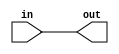
/*
This file provides the mapping from the Wokwi modules to Verilog HDL

It's only needed for Wokwi designs

*/
`define default_netname none

module p13_buffer_cell (
    input wire in,
    output wire out
    );
    assign out = in;
endmodule

module p13_and_cell (
    input wire a,
    input wire b,
    output wire out
    );

    assign out = a & b;
endmodule

module p13_or_cell (
    input wire a,
    input wire b,
    output wire out
    );

    assign out = a | b;
endmodule

module p13_xor_cell (
    input wire a,
    input wire b,
    output wire out
    );

    assign out = a ^ b;
endmodule

module p13_nand_cell (
    input wire a,
    input wire b,
    output wire out
    );

    assign out = !(a&b);
endmodule

module p13_not_cell (
    input wire in,
    output wire out
    );

    assign out = !in;
endmodule

module p13_mux_cell (
    input wire a,
    input wire b,
    input wire sel,
    output wire out
    );

    assign out = sel ? b : a;
endmodule

module p13_dff_cell (
    input wire clk,
    input wire d,
    output reg q,
    output wire notq
    );

    assign notq = !q;
    always @(posedge clk)
        q <= d;

endmodule

module p13_dffsr_cell (
    input wire clk,
    input wire d,
    input wire s,
    input wire r,
    output reg q,
    output wire notq
    );

    assign notq = !q;

    always @(posedge clk or posedge s or posedge r) begin
        if (r)
            q <= 0;
        else if (s)
            q <= 1;
        else
            q <= d;
    end
endmodule